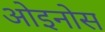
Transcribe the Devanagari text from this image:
ओइनोस